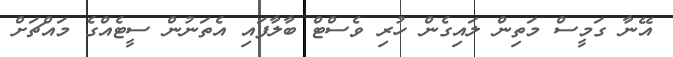
އޭނާ ގަމީސް މަތިން ލައިގެން ހުރި ވެސްޓް ބާލާފައި އެތަނުން ސީޓެއްގެ މައްޗަށް